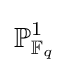
\mathbb {P} _{\mathbb {F} _{q}}^{1}